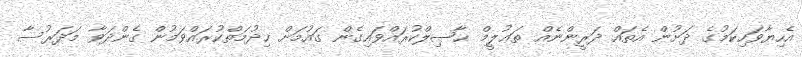
އެހިޔާވަހިކަމުގެ ދަށުން އެތައް ދަރީންނެއް ތަޢުލީމް ޙާޞިލްކުރައްވައިގެން ގައުމަށް ޚިދުމަތްކުރައްވަމުން ގެންދަވާ މަދަރުސާ